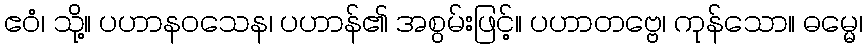
ဧဝံ၊ သို့။ ပဟာနဝသေန၊ ပဟာန်၏ အစွမ်းဖြင့်။ ပဟာတဗ္ဗေ၊ ကုန်သော။ ဓမ္မေ၊